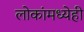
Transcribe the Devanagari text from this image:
लोकांमध्येही